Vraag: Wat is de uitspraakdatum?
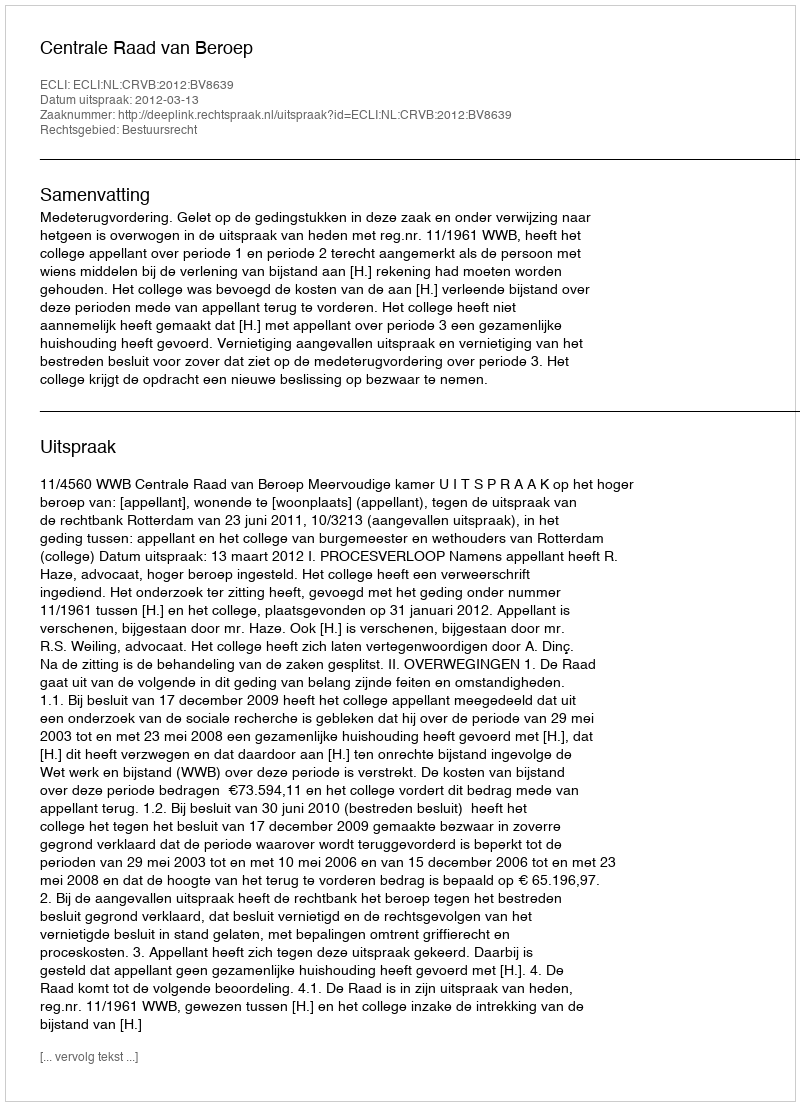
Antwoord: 2012-03-13